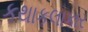
કથાકલાકાર